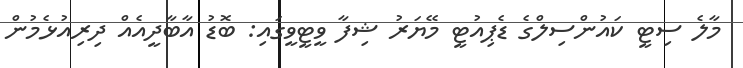
މާލެ ސިޓީ ކައުންސިލްގެ ޑެޕިއުޓީ މޭޔަރު ޝިފާ ވީޓީވީގައި: ބޮޑު އާބާދީއެއް ދިރިއުޅެމުން